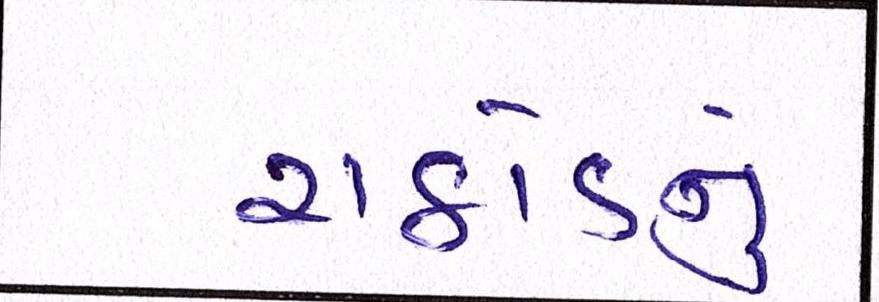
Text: રાઠોડનું